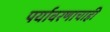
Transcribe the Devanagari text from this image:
पर्यावरणाचाही